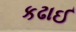
કઢાઈ